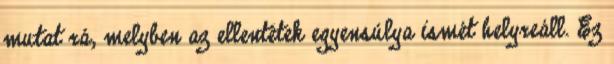
mutat rá, melyben az ellentétek egyensúlya ismét helyreáll. Ez